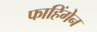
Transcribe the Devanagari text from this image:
फाहिंगेन